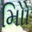
મોિો